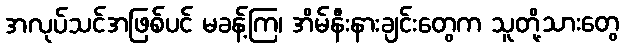
အလုပ်သင်အဖြစ်ပင် မခန့်ကြ၊ အိမ်နီးနားချင်းတွေက သူတို့သားတွေ